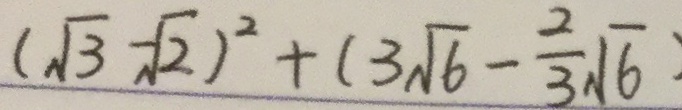
( \sqrt { 3 } - \sqrt { 2 } ) ^ { 2 } + ( 3 \sqrt { 6 } - \frac { 2 } { 3 } \sqrt { 6 } )